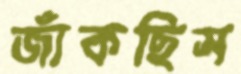
জাঁকছিস